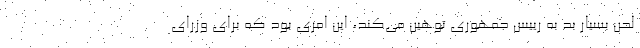
لحن بسیار بد به رییس جمهوری توهین می‌کند، این امری بود که برای وزرای